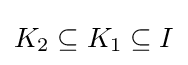
K_{2}\subseteq K_{1}\subseteq I